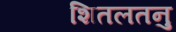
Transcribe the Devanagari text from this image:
शितलतनु